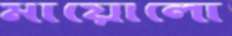
মায়োলো